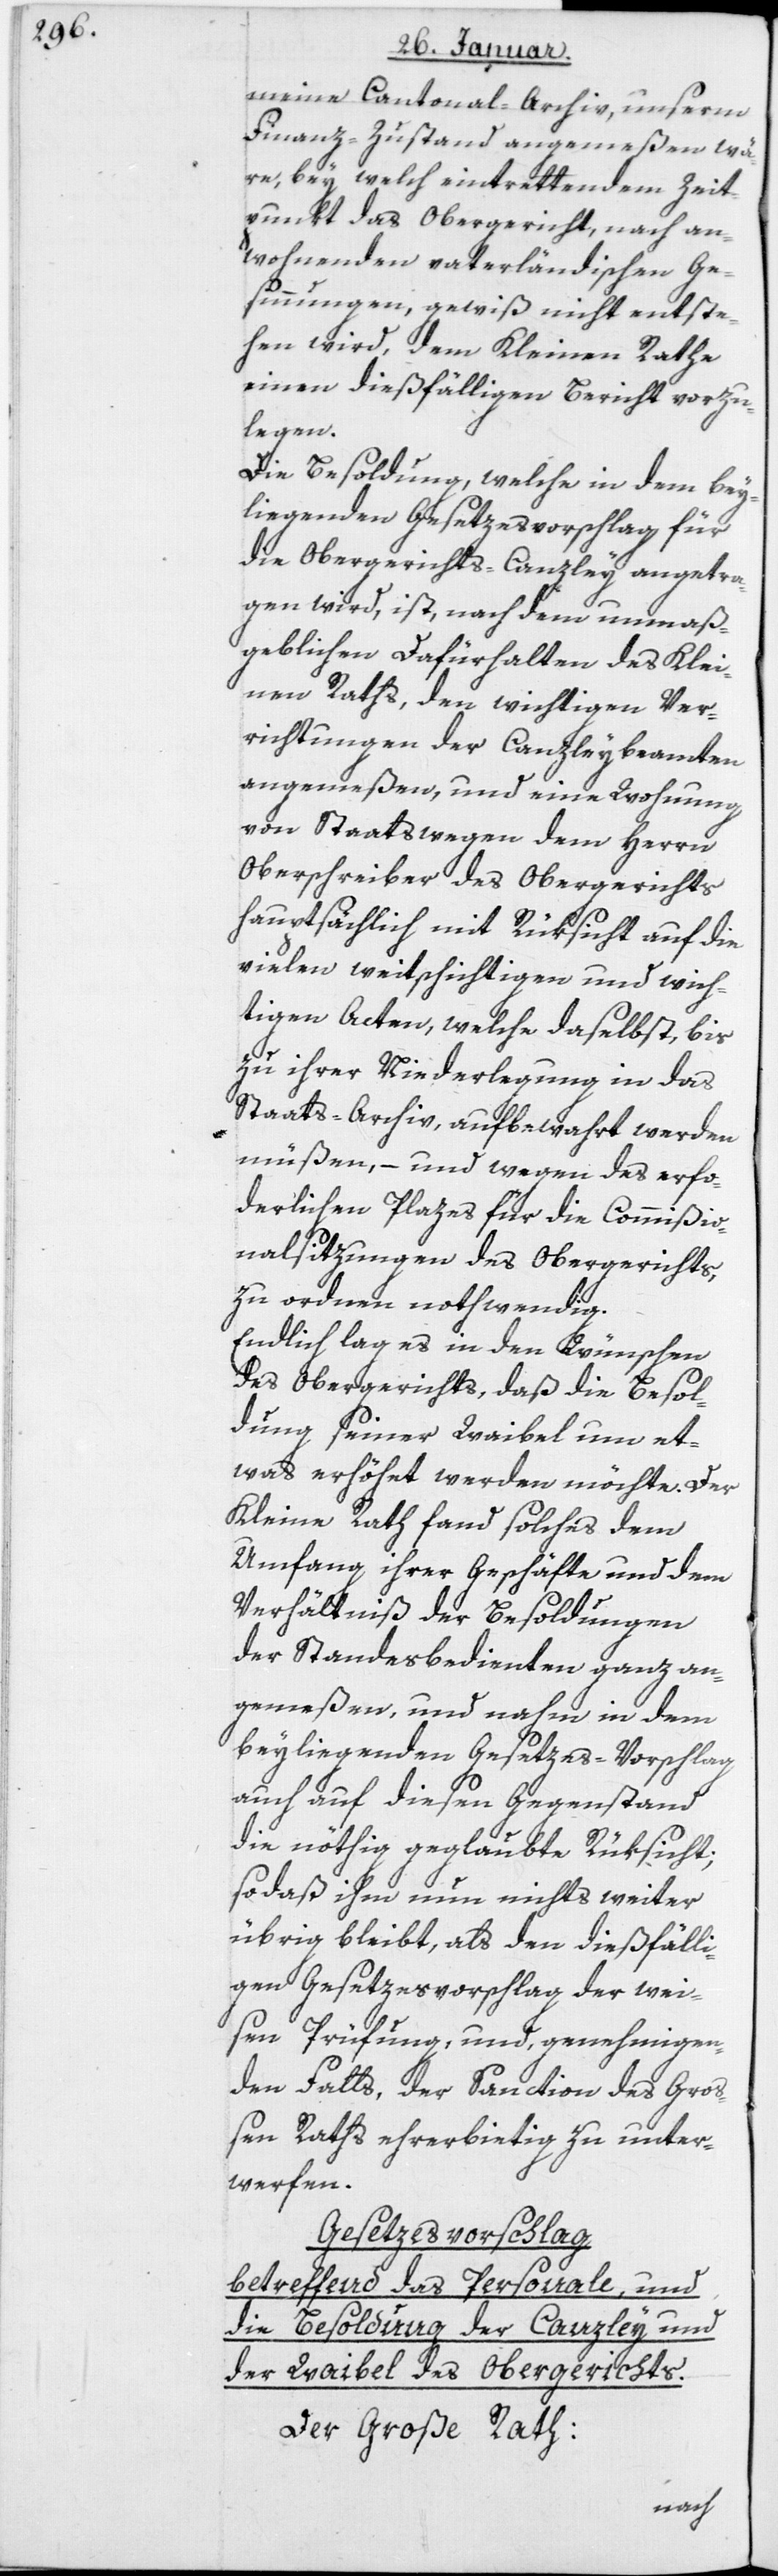
meine Cantonal-Archiv, unserm
Finanz-Zustand angemeßen wä¬
re, bey welch eintrettendem Zei¬
punkt das Obergericht nach an¬
wohnenden vaterländischen Ges¬
innungen, gewiß nicht entste¬
hen wird, dem Kleinen Rathe
einen dießfälligen Bericht vorzu¬
legen.
Die Besoldung, welche in dem bey¬
liegenden Gesetzesvorschlag für
die Obergerichts-Canzley angetra¬
gen wird, ist nach dem unmaß¬
geblichen Dafürhalten des Klei¬
nen Raths, den wichtigen Ver¬
richtungen der Canzleybeamten
angemeßen, und eine Wohnung
von Staats wegen dem Herrn
Oberschreiber des Obergerichts
hauptsächlich mit Rüksicht auf die
vielen weitschichtigen und wich¬
tigen Acten, welche daselbst, bis
zu ihrer Niederlegung in das
Staats-Archiv, aufbewahrt werden
müßen, – und wegen des erfor¬
derlichen Plazes für die Commißio¬
nalsitzungen des Obergerichts,
zu ordnen nothwendig.
Endlich lag es in den Wünschen
des Obergerichts, daß die Besol¬
dung seiner Waibel um et¬
was erhöhet werden möchte. Der
Kleine Rath fand solches dem
Umfang ihrer Geschäfte und dem
Verhältnis der Besoldungen
der Standesbedienten ganz an¬
gemeßen, und nahm in dem
beyliegenden Gesetzes-Vorschlag
auch auf diesen Gegenstand
die nöthig geglaubte Rüksicht,
so daß ihm nun nichts weiter
übrig bleibt, als den dießfälli¬
gen Gesetzesvorschlag der wei¬
sen Prüffung und genehmigen¬
den Falls, der Sanction des Groß¬
en Raths ehrerbietig zu unter¬
werfen.
Gesetzesvorschlag
betreffend das Personale, und
die Besoldung der Canzley und
der Waibel des Obergerichts.
Der Große Rath